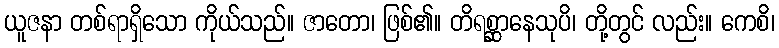
ယူဇနာ တစ်ရာရှိသော ကိုယ်သည်။ ဇာတော၊ ဖြစ်၏။ တိရစ္ဆာနေသုပိ၊ တို့တွင် လည်း။ ကေစိ၊